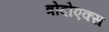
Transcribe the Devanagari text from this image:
त्रोदोएक्स